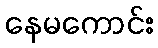
နေမကောင်း